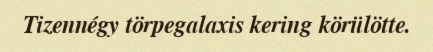
Tizennégy törpegalaxis kering körülötte.